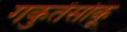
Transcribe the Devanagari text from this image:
गकुतेंसोकू